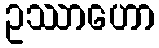
ဥဿာဟော